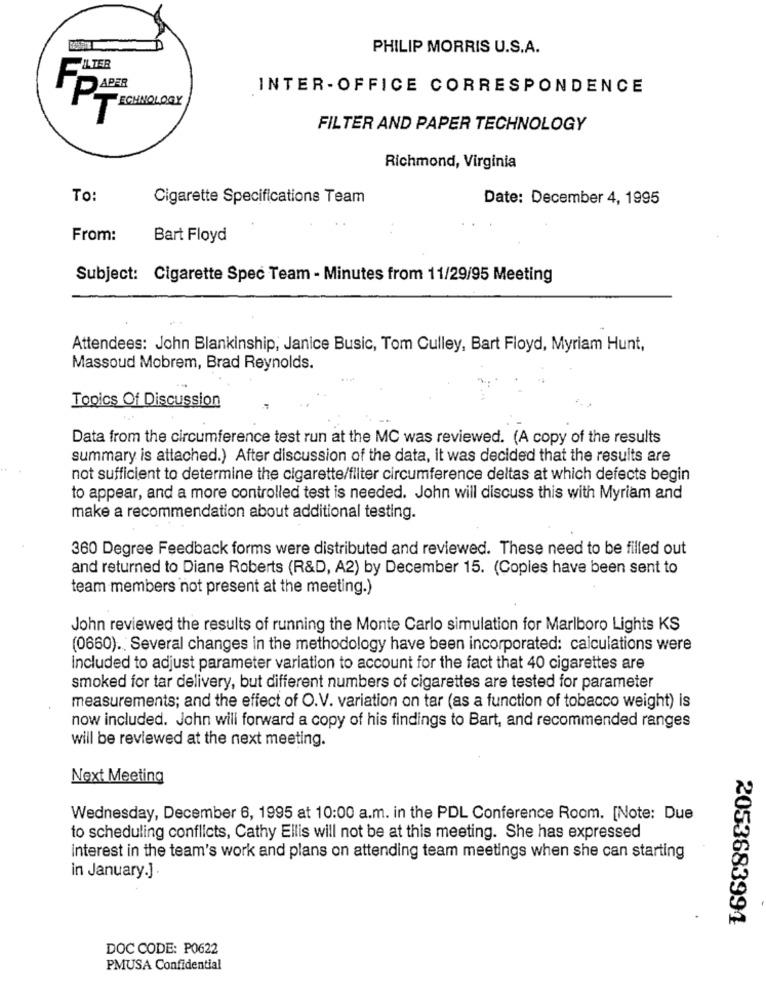
PHILIP MORRIS U.S.A.
-ILTER
INTER-OFFICE CORRESPONDENCE
TECHNOLOGY
FILTER AND PAPER TECHNOLOGY
Richmond, Virginia
To:
Cigarette Specifications Team
Date: December 4, 1995
From:
Bart Floyd
Subject: Cigarette Spec Team - Minutes from 11/29/95 Meeting
Attendees: John Blankinship, Janice Busic, Tom Culley, Bart Floyd, Myriam Hunt,
Massoud Mobrem, Brad Reynolds.
Topics Of Discussion
Data from the circumference test run at the MC was reviewed. (A copy of the results
summary is attached.) After discussion of the data, it was decided that the results are
not sufficient to determine the cigarette/filter circumference deltas at which defects begin
to appear, and a more controlled test is needed. John will discuss this with Myriam and
make a recommendation about additional testing.
360 Degree Feedback forms were distributed and reviewed. These need to be filled out
and returned to Diane Roberts (R&D, A2) by December 15. (Copies have been sent to
team members not present at the meeting.)
John reviewed the results of running the Monte Carlo simulation for Marlboro Lights KS
(0660). Several changes in the methodology have been incorporated: calculations were
Included to adjust parameter variation to account for the fact that 40 cigarettes are
smoked for tar delivery, but different numbers of cigarettes are tested for parameter
measurements; and the effect of O.V. variation on tar (as a function of tobacco weight) is
now included. John will forward a copy of his findings to Bart, and recommended ranges
will be reviewed at the next meeting.
Next Meeting
Wednesday, December 6, 1995 at 10:00 a.m. in the PDL Conference Room. [Note: Due
to scheduling conflicts, Cathy Ellis will not be at this meeting. She has expressed
interest in the team's work and plans on attending team meetings when she can starting
in January.].
2053683991
DOC CODE: P0622
PMUSA Confidential